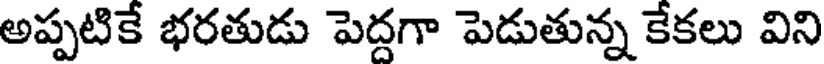
అప్పటికే భరతుడు పెద్దగా పెడుతున్న కేకలు విని